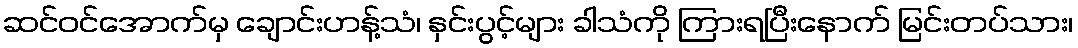
ဆင်ဝင်အောက်မှ ချောင်းဟန့်သံ၊ နှင်းပွင့်များ ခါသံကို ကြားရပြီးနောက် မြင်းတပ်သား၊